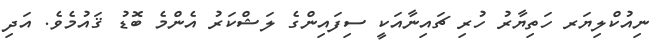
ނިއުކްލިޔަރ ހަތިޔާރު ހުރި ޗައިނާއަކީ ސިފައިންގެ ލަޝްކަރު އެންމެ ބޮޑު ޤައުމެވެ. އަދި